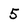
Character: 5